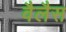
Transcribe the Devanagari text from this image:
वैलैस